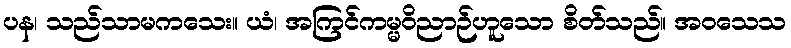
ပန၊ သည်သာမကသေး။ ယံ၊ အကြင်ကမ္မဝိညာဉ်ဟူသော စိတ်သည်။ အဝသေသ